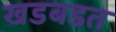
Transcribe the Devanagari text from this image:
खडबडत